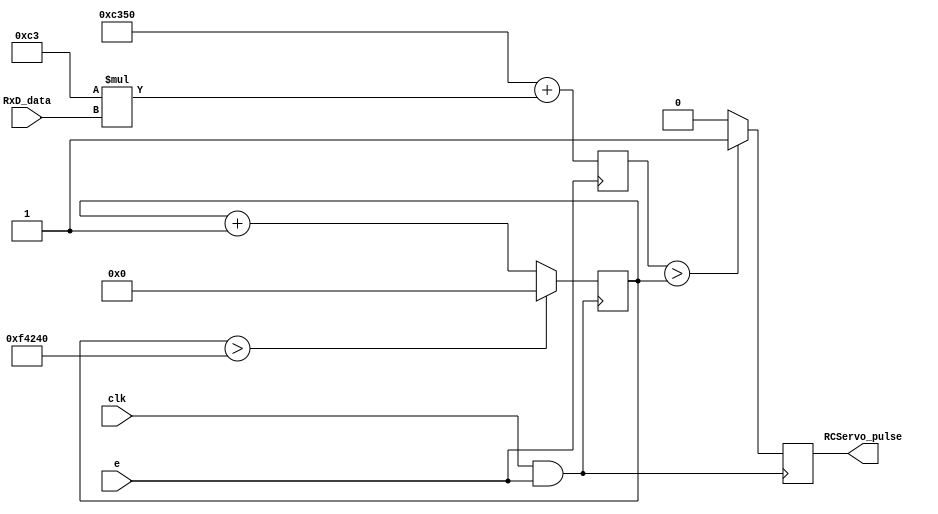
module Main(clk, e, RxD_data, RCServo_pulse);
input clk, e;
input [7:0] RxD_data;
output RCServo_pulse;

parameter ClkDiv = 195;  // 50000000/1000/256 = 195.31
reg [18:0] fullPulse_Count; // 20ms = a 50Hz pulse
reg [15:0] smallPulse_Limit;
reg RCServo_pulse;

always @ (posedge e)
begin
	smallPulse_Limit <= 50000 + (ClkDiv * RxD_data);
end

always @ (posedge clk & e)
begin
	if (fullPulse_Count > 1000000) fullPulse_Count <= 0;
	else fullPulse_Count <= fullPulse_Count + 1;
	
	if (smallPulse_Limit > fullPulse_Count) RCServo_pulse <= 1;
	else RCServo_pulse <= 0;
end
endmodule